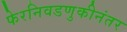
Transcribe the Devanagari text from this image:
फेरनिवडणुकीनंतर